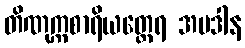
တိဏုက္ကစာရိယတ္ထေရ အပဒါန